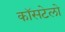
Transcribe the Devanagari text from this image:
कॉसटेलो